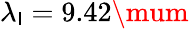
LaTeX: \lambda_{\mathsf{l}}=9.42\mum